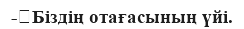
-	Біздің отағасының үйі.